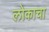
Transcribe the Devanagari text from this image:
लोकाचा